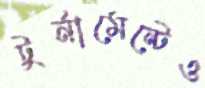
টুর্নামেন্টেও